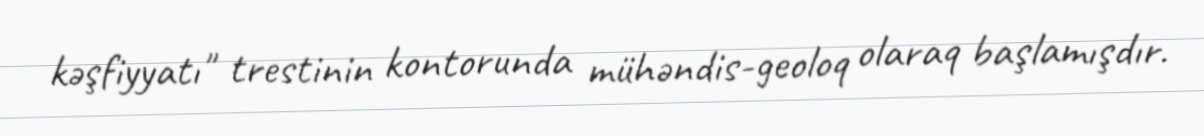
kəşfiyyatı" trestinin kontorunda mühəndis-geoloq olaraq başlamışdır.